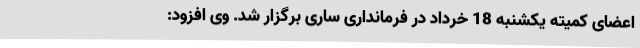
اعضای کمیته یکشنبه 18 خرداد در فرمانداری ساری برگزار شد. وی افزود: